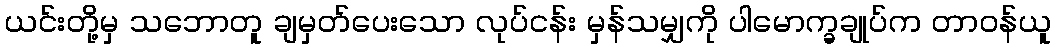
ယင်းတို့မှ သဘောတူ ချမှတ်ပေးသော လုပ်ငန်း မှန်သမျှကို ပါမောက္ခချုပ်က တာဝန်ယူ